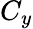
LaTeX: C_{y}